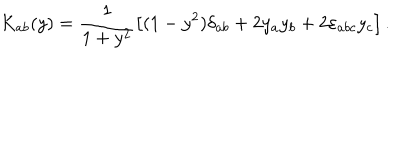
K _ { a b } ( y ) = \frac 1 { 1 + y ^ { 2 } } \left[ ( 1 - y ^ { 2 } ) \delta _ { a b } + 2 y _ { a } y _ { b } + 2 \varepsilon _ { a b c } y _ { c } \right] .